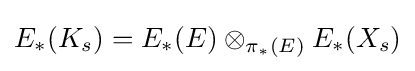
E_{*}(K_{s})=E_{*}(E)\otimes _{\pi _{*}(E)}E_{*}(X_{s})